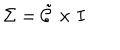
\Sigma = \tilde { \cal { C } } \times I